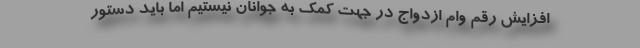
افزایش رقم وام‌ ازدواج در جهت کمک به جوانان نیستیم اما باید دستور